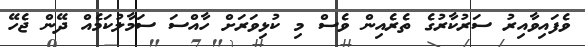
ވެފައިވާއިރު ސަރުކާރުގެ ތެރެއިން ވެސް މި ކުޅިވަރަށް ހާއްސަ ސަމާލުކަމެއް ދޭން ޖެހޭ